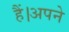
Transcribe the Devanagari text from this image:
हैं।अपने